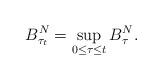
LaTeX: \begin{align*}B^N_{\tau_t}=\sup_{0\le \tau\le t}B^N_{\tau}.\end{align*}